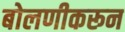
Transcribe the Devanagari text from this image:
बोलणीकरून